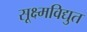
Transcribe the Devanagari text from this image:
सूक्ष्मविद्युत